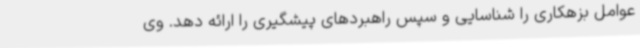
عوامل بزهکاری را شناسایی و سپس راهبردهای پیشگیری را ارائه دهد. وی